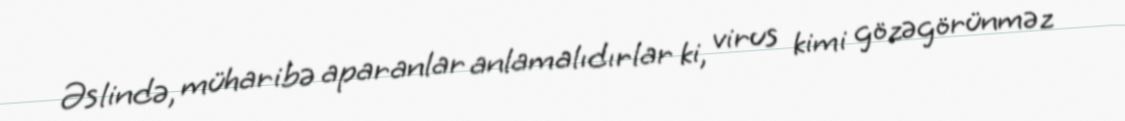
Əslində, müharibə aparanlar anlamalıdırlar ki, virus kimi gözəgörünməz